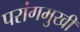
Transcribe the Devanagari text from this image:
परांगमुखी